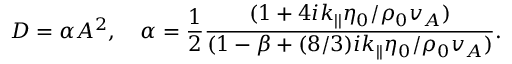
D = \alpha A ^ { 2 } , \quad \alpha = \frac { 1 } { 2 } \frac { ( 1 + 4 i k _ { | | } \eta _ { 0 } / \rho _ { 0 } v _ { A } ) } { ( 1 - \beta + ( 8 / 3 ) i k _ { | | } \eta _ { 0 } / \rho _ { 0 } v _ { A } ) } .